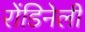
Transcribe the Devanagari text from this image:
रोंडिनेली